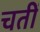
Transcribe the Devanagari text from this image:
चतीं